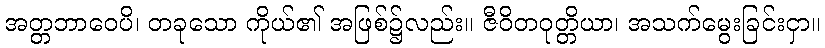
အတ္တဘာဝေပိ၊ တခုသော ကိုယ်၏ အဖြစ်၌လည်း။ ဇီဝိတဝုတ္တိယာ၊ အသက်မွေးခြင်းငှာ။